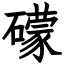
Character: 礞